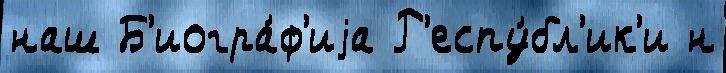
наш Б'иогра́ф'иjа Р'еспу́бл'ик'и н